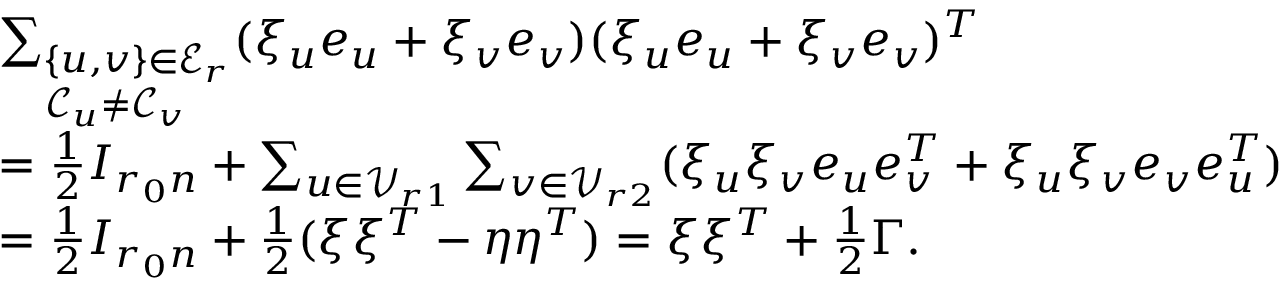
\begin{array} { r l } & { \underset { \mathcal { C } _ { u } \not = \mathcal { C } _ { v } } { \sum _ { \{ u , v \} \in \mathcal { E } _ { r } } } ( \xi _ { u } e _ { u } + \xi _ { v } e _ { v } ) ( \xi _ { u } e _ { u } + \xi _ { v } e _ { v } ) ^ { T } } \\ & { = \frac 1 2 I _ { r _ { 0 } n } + \sum _ { u \in \mathcal { V } _ { r 1 } } \sum _ { v \in \mathcal { V } _ { r 2 } } ( \xi _ { u } \xi _ { v } e _ { u } e _ { v } ^ { T } + \xi _ { u } \xi _ { v } e _ { v } e _ { u } ^ { T } ) } \\ & { = \frac 1 2 I _ { r _ { 0 } n } + \frac 1 2 ( \xi \xi ^ { T } - \eta \eta ^ { T } ) = \xi \xi ^ { T } + \frac 1 2 \Gamma . } \end{array}